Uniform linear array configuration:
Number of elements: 12
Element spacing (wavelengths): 0.75
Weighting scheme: hann
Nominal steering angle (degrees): -15
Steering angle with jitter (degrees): -13.373
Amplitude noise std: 0.05
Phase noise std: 0.05

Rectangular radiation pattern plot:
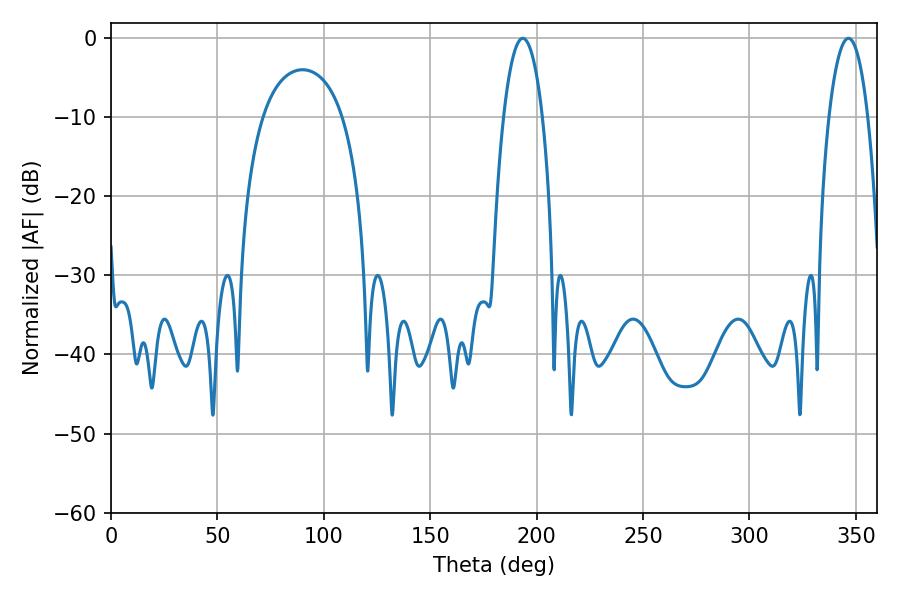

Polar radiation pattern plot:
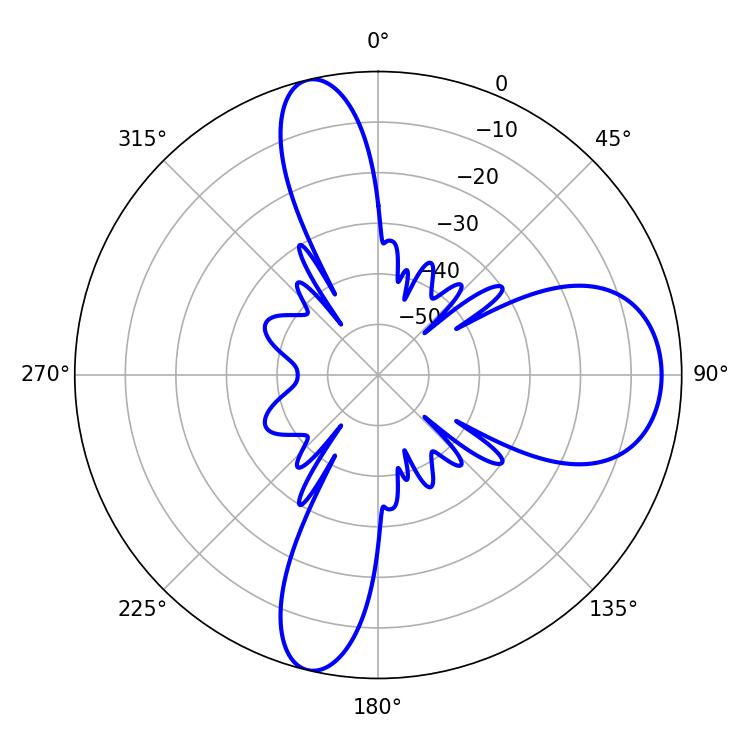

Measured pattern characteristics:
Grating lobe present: TRUE
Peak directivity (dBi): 12.783
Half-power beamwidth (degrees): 10.08
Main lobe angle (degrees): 193.5